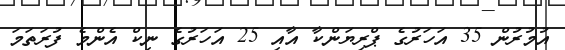
އުމުރުން 35 އަހަރުގެ ޕްރިޔަންކާ އާއި 25 އަހަރުގެ ނިކް އެންމެ ފުރަތަމަ